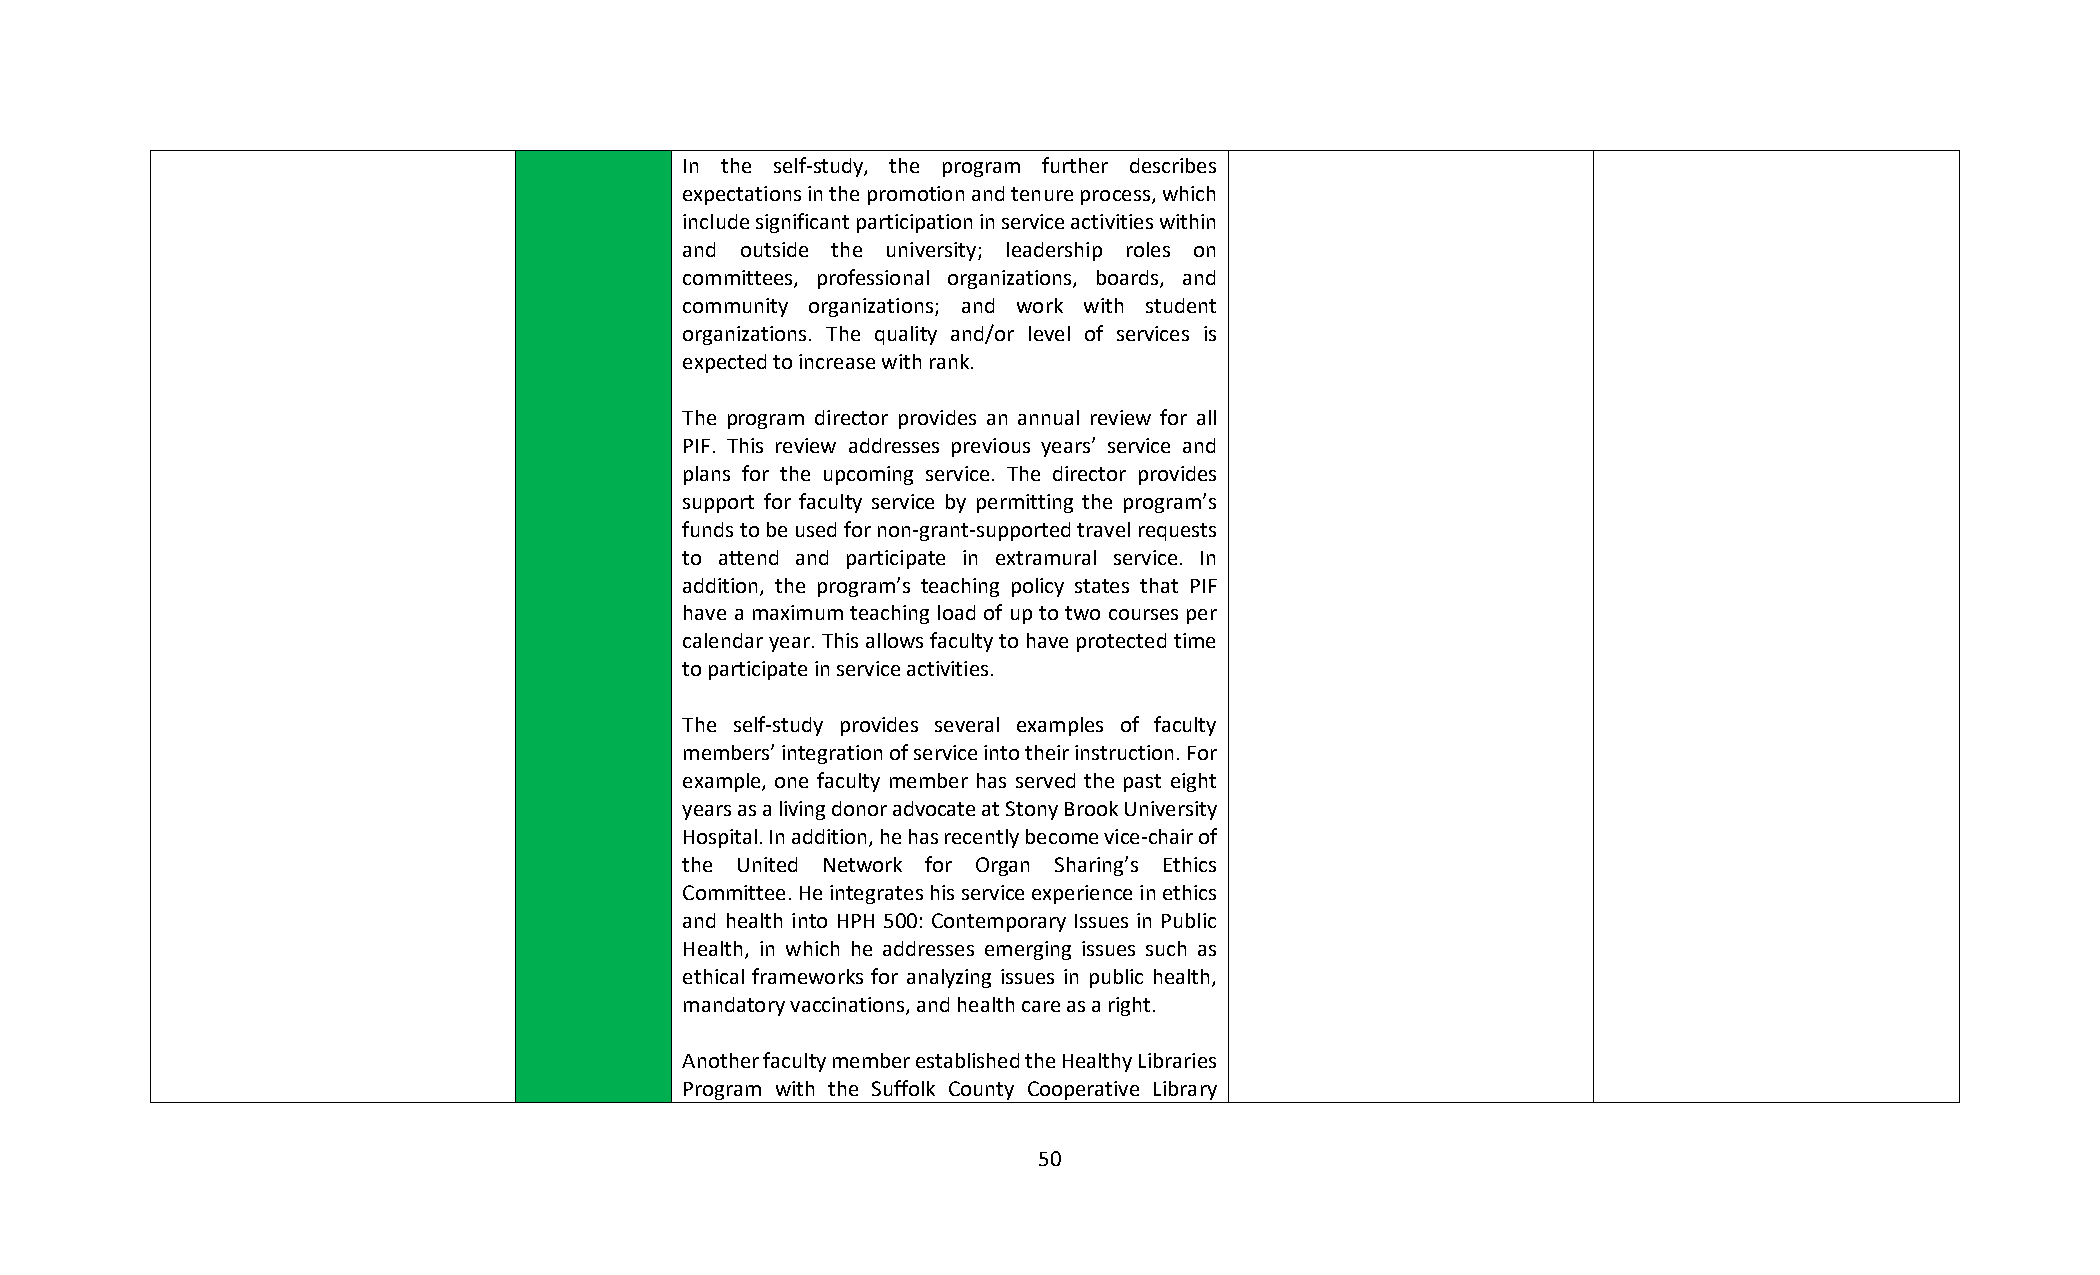
In the self-study, the program further describes
 expectations in the promotion and tenure process, which
 include significant participation in service activities within
 and outside the university; leadership roles on
 committees, professional organizations, boards, and
 community organizations; and work with student
 organizations. The quality and/or level of services is
 expected to increase with rank.
 The program director provides an annual review for all
 PIF. This review addresses previous years’ service and
 plans for the upcoming service. The director provides
 support for faculty service by permitting the program’s
 funds to be used for non-grant-supported travel requests
 to attend and participate in extramural service. In
 addition, the program’s teaching policy states that PIF
 have a maximum teaching load of up to two courses per
 calendar year. This allows faculty to have protected time
 to participate in service activities.
 The self-study provides several examples of faculty
 members’ integration of service into their instruction. For
 example, one faculty member has served the past eight
 years as a living donor advocate at Stony Brook University
 Hospital. In addition, he has recently become vice-chair of
 the United Network for Organ Sharing’s Ethics
 Committee. He integrates his service experience in ethics
 and health into HPH 500: Contemporary Issues in Public
 Health, in which he addresses emerging issues such as
 ethical frameworks for analyzing issues in public health,
 mandatory vaccinations, and health care as a right.
 Another faculty member established the Healthy Libraries
 Program with the Suffolk County Cooperative Library
 50